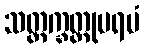
သတ္တက္ခတ္တုပရမံ